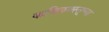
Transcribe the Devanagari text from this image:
कपिलवस्तूच्या